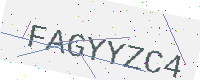
Text: FAGYYZC4